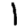
Digit: 1